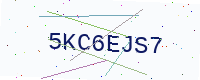
Text: 5KC6EJS7